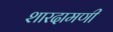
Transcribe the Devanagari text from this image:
शारदामणी